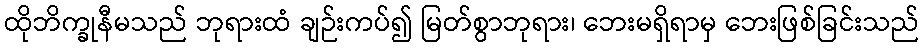
ထိုဘိက္ခုနီမသည် ဘုရားထံ ချဉ်းကပ်၍ မြတ်စွာဘုရား၊ ဘေးမရှိရာမှ ဘေးဖြစ်ခြင်းသည်